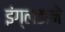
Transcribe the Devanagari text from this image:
इंग्लंडाने